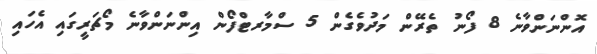
އޮންނަންވާނެ 8 ފޯނު ތެރޭން މަދުވެގެން 5 ސްމާރޓްފޯން އިންނަންވާނެ މޯޗަރީގައި އެހައި